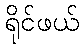
ရိုင်ဖယ်